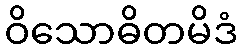
ဝိသောဓိတမိဒံ